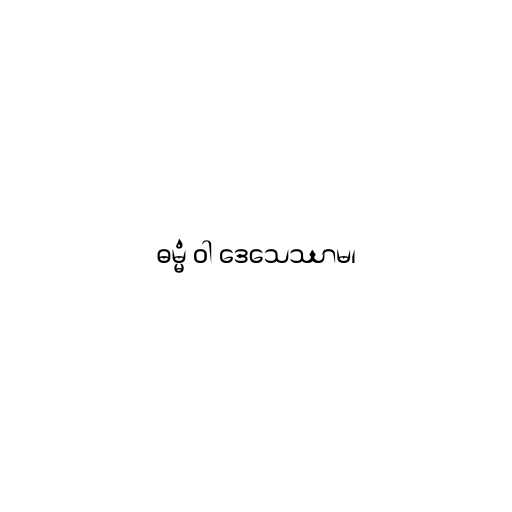
ဓမ္မံ ဝါ ဒေသေဿာမ၊